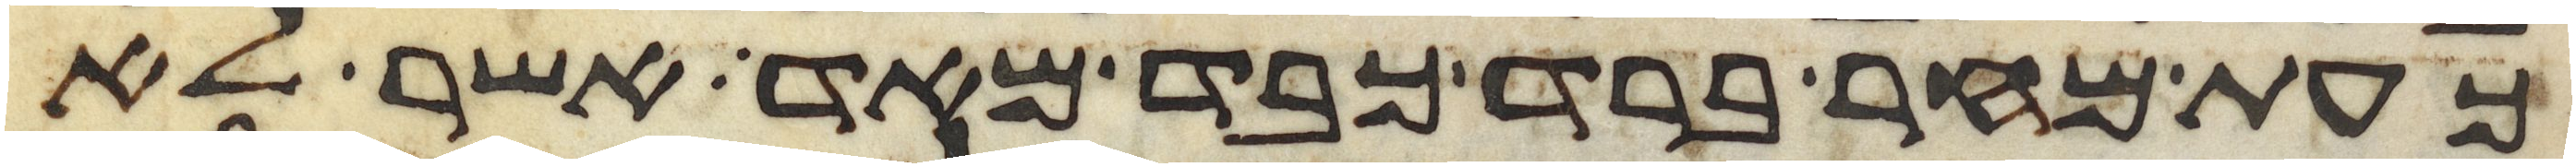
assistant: כעת מחר ברד כבד מאד אשר לא